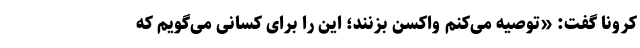
کرونا گفت: «توصیه می‌کنم واکسن بزنند؛ این را برای کسانی می‌گویم که